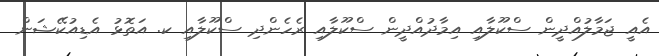
އެއީ ޖަމާލުއްދީން ސްކޫލާއި އިމާދުއްދީން ސްކޫލާއި ރެހެންދި ސްކޫލާއި ކ. އަތޮޅު އެޑިއުކޭޝަން